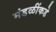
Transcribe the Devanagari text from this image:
मंडळींकडे